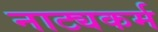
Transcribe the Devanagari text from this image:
नाट्यकर्म